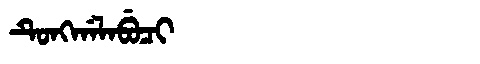
Manchu: ᡨᡠᠩᡤᠠᠯᠠᠪᡠᠴᡳ
Romanization: TUNGGALABUCI